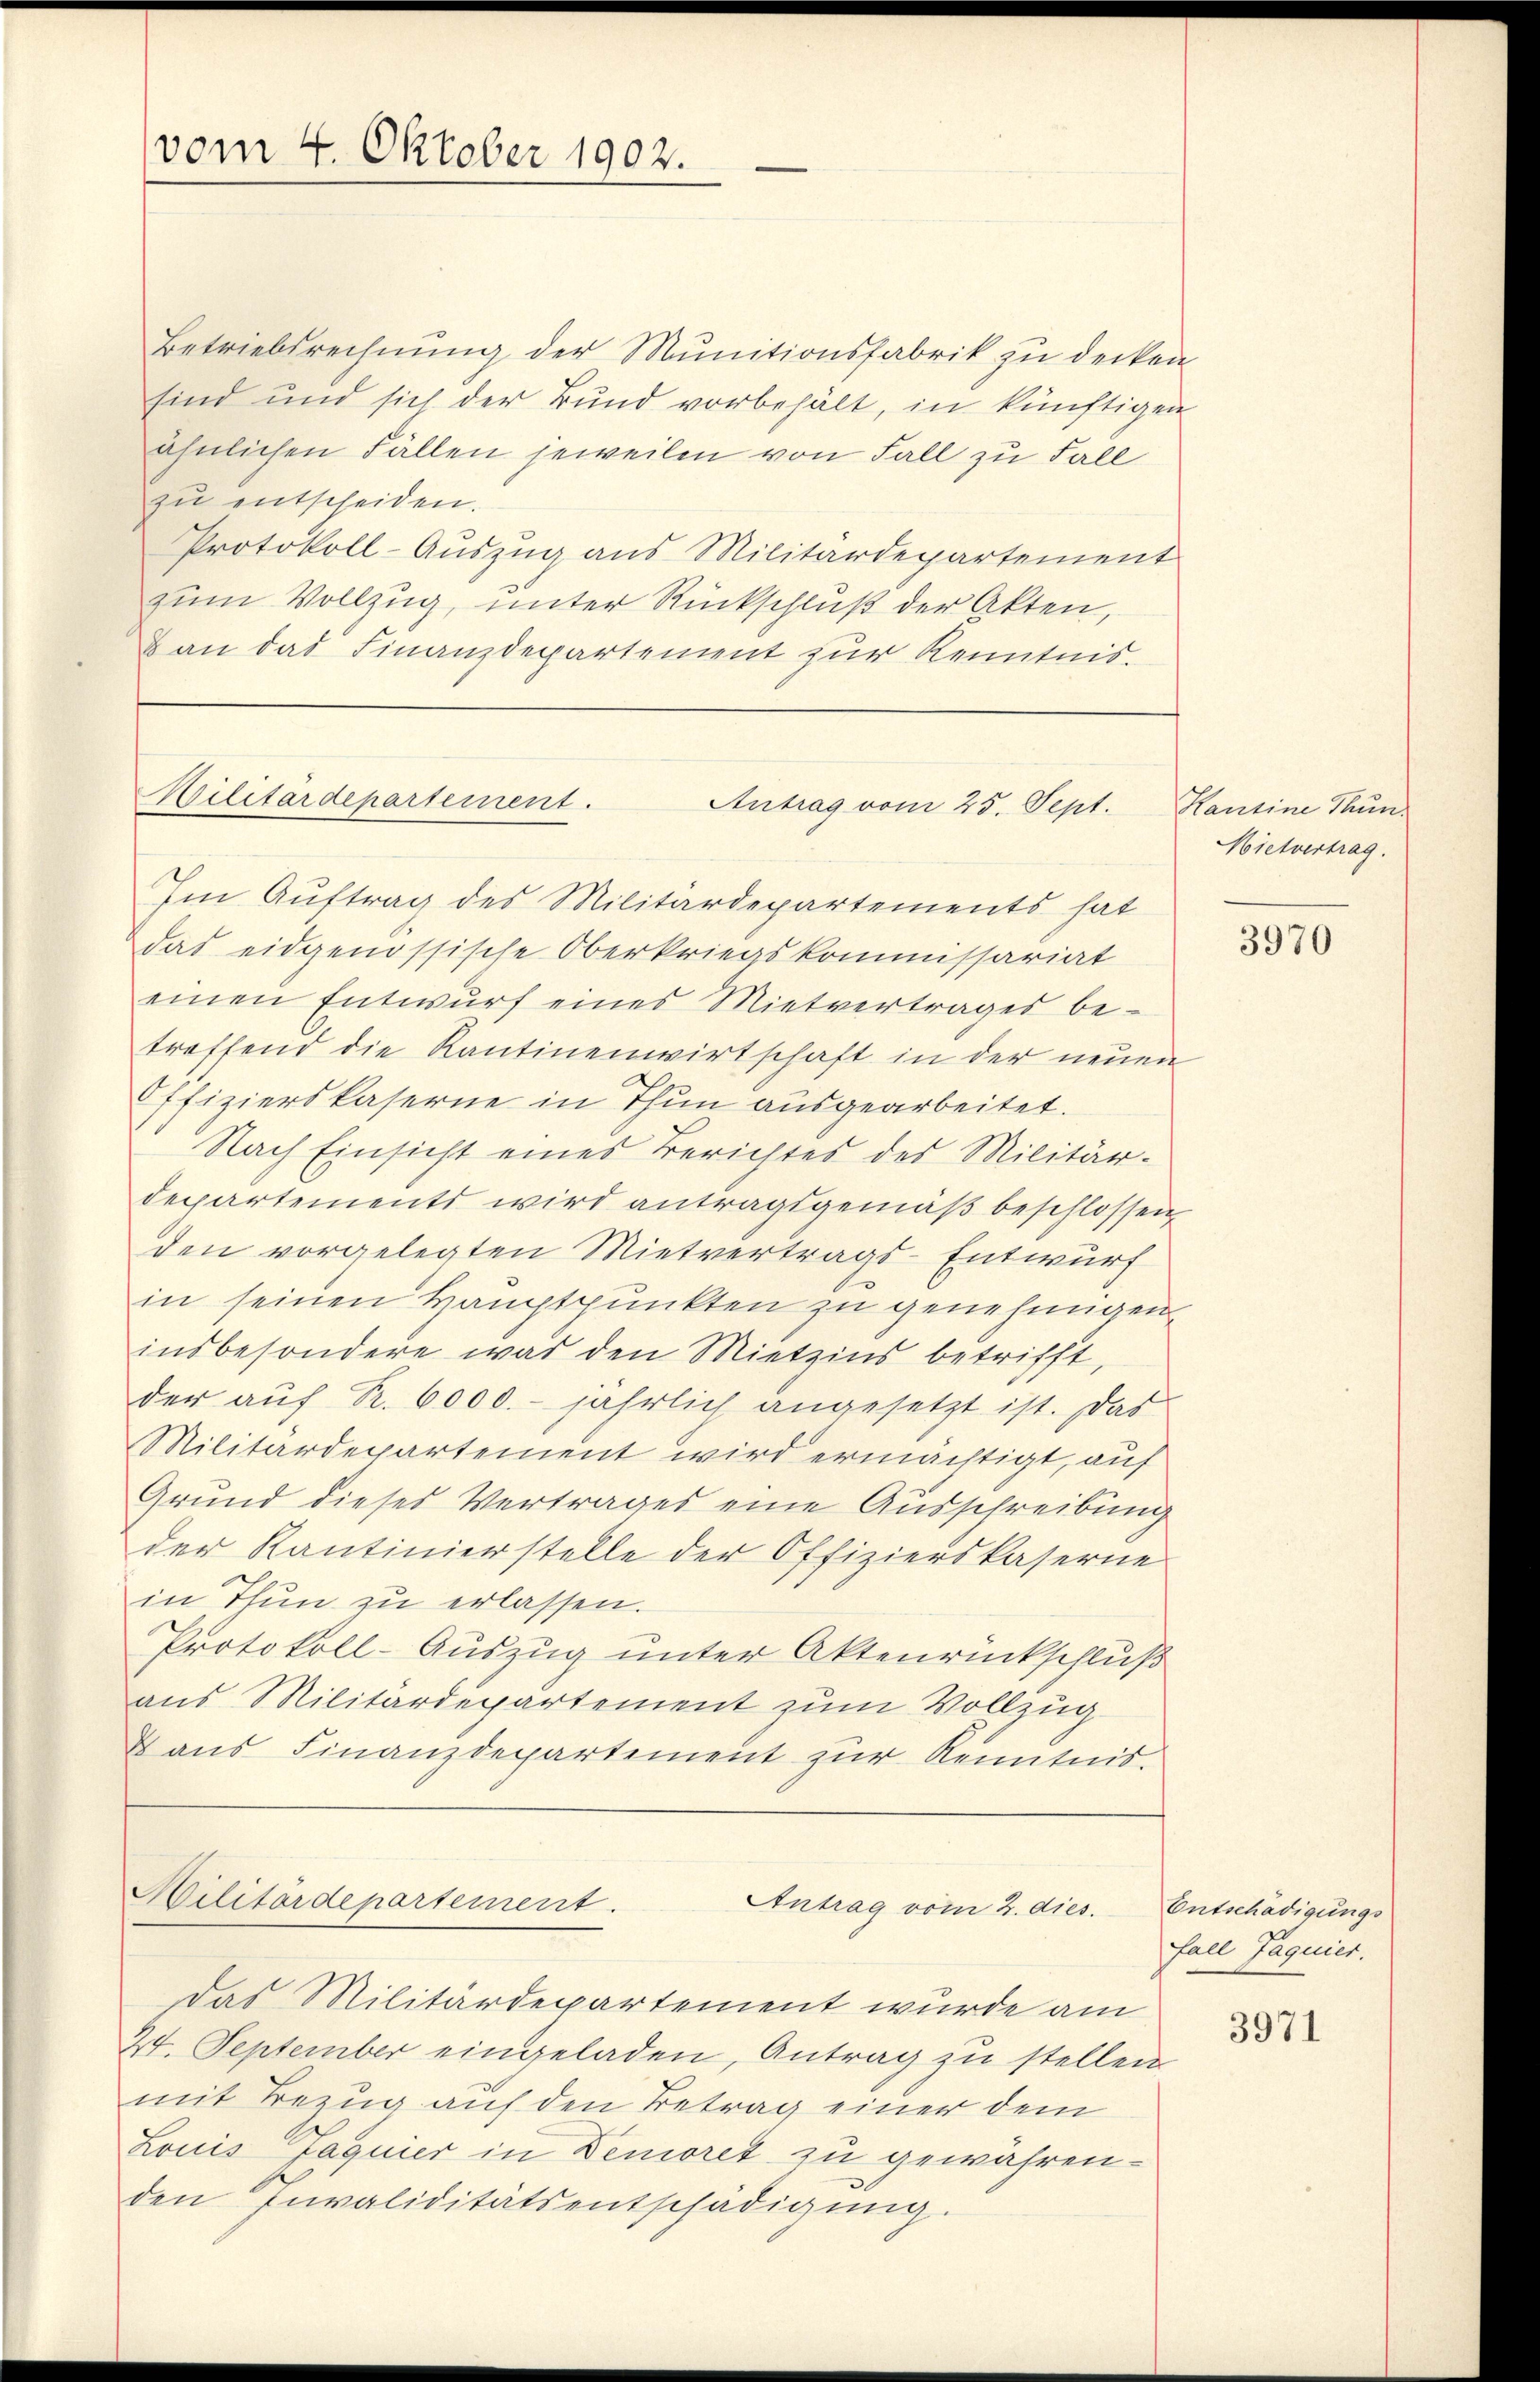
vom 4. Oktober 1902.

Betriebsrechnŭng der Munitionsfabrik zu decken
sind und sich der Bund vorbehält, in künftigen
ähnlichen Fällen jeweilen von Fall zu Fall
zŭ entscheiden.
Protokoll-Auszug aus Militärdepartement
zum Vollzug, unter Rückschluß der Akten,
8 an das Finanzdepartement zur Kenntnis.

Militärdepartement.

Antrag vom 25. Sept.

Im Auftrag des Militärdepartements hat
das eidgenössische Oberkriegskommissariat
einen Entwurf eines Mietvertrages betreffend die Kantinenwirtschaft in der neuen
ffizierskaserne in Thun ausgearbeitet.
Nach Einsicht eines Berichtes des Militär-
departements wird antragsgemäß beschlossen
den vorgelegten Mietvertrags-Entwurf
in seinen Hauptpunkten zu genehmigen.
insbesondere war den Mietzins betrifft,
der aŭf R. 6000.- jährlich angesetzt ist. Das
Militärdepartement wird ermächtigt, auf
Grund dieses Vertrages eine Ausschreibung
der Kantinierstelle der Offizierskaserne
in Thun zŭ erlassen.
Protokoll-Auszug unter Aktenrückschluß
aus Militärdepartement zum Vollzug
Dans Finanzdepartement zŭr Kenntnis.

Militärdepartement.
Antrag vom 2. dies

Das Militärdepartement wurde am
24. September eingeladen, Antrag zu stellen
mit Bezug auf den Betrag einer dem
Louis Faguier in Demoret zu gewährenden Invaliditätsentschädigung.

Kantine Hun
Mietvertrag.

3970

Entschädigungs
fall Jaquier.

3971